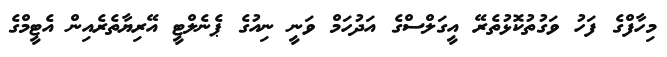
މިހާފްގެ ފަހު ވަގުތުކޮޅުތެރޭ އީގަލްސްގެ އަދުހަމް ވަނީ ނިއުގެ ޕެނެލްޓީ އޭރިޔާތެރެއިން އެޓީމްގެ